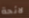
لائحة